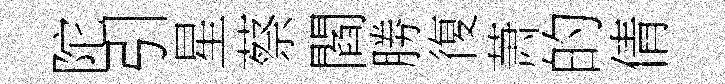
陀引星蔡閻勝復萧的倩